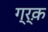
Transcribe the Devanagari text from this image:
ग्र्क़